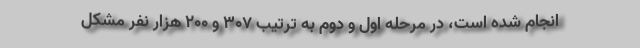
انجام شده است، در مرحله اول و دوم به ترتیب ۳۰۷ و ۲۰۰ هزار نفر مشکل